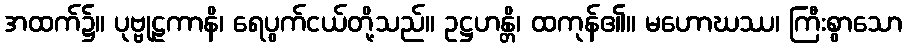
အထက်၌။ ပုဗ္ဗုဠကာနိ၊ ရေပွက်ငယ်တို့သည်။ ဥဋ္ဌဟန္တိ၊ ထကုန်၏။ မဟောဃဿ၊ ကြီးစွာသော